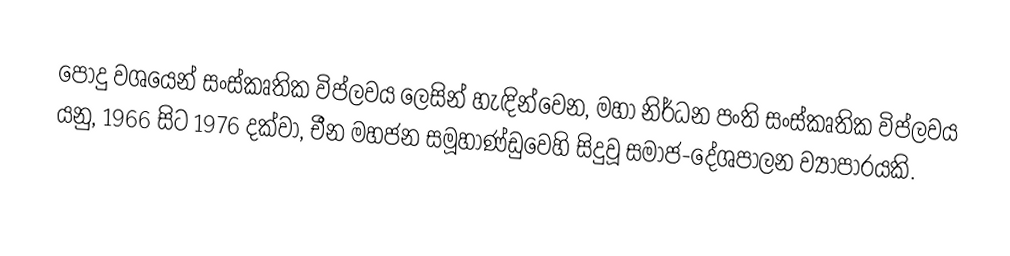
පොදු වශයෙන්  සංස්කෘතික විප්ලවය ලෙසින් හැඳින්වෙන,  මහා  නිර්ධන පංති සංස්කෘතික විප්ලවය යනු, 1966 සිට 1976 දක්වා, චීන මහජන සමූහාණ්ඩුවෙහි සිදුවූ සමාජ-දේශපාලන ව්‍යාපාරයකි.